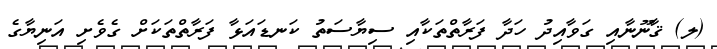
(ލ) ޤާނޫނާއި ގަވާއިދު ހަދާ ފަރާތްތަކާއި ސިޔާސަތު ކަނޑައަޅާ ފަރާތްތަކަށް ގެވެށި އަނިޔާގެ